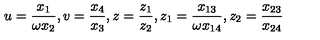
u = \frac { x _ { 1 } } { \omega x _ { 2 } } , v = \frac { x _ { 4 } } { x _ { 3 } } , z = \frac { z _ { 1 } } { z _ { 2 } } , z _ { 1 } = \frac { x _ { 1 3 } } { \omega x _ { 1 4 } } , z _ { 2 } = \frac { x _ { 2 3 } } { x _ { 2 4 } }